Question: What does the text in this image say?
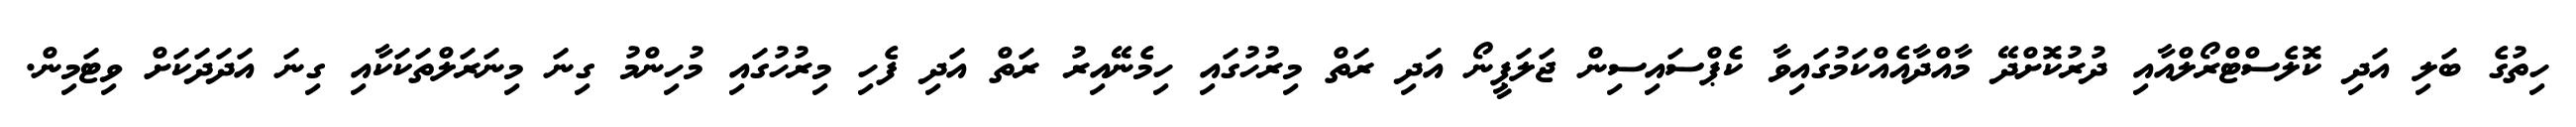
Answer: ހިތުގެ ބަލި އަދި ކޮލެސްޓްރޯލްއާއި ދުރުކޮށްދޭ މާއްދާއެއްކަމުގައިވާ ކެޕްސައިސިން ޖަލަޕީނޯ އަދި ރަތް މިރުހުގައި ހިމެނޭއިރު ރަތް އަދި ފެހި މިރުހުގައި މުހިންމު ގިނަ މިނަރަލްތަކަކާއި ގިނަ އަދަދަކަށް ވިޓަމިން.